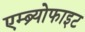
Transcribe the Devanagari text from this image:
एम्ब्र्योफाइट